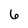
Character: 6